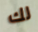
لك